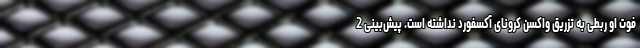
فوت او ربطی به تزریق واکسن کرونای آکسفورد نداشته است. پیش‌بینی 2